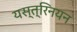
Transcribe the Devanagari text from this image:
यस्त्रिनयन